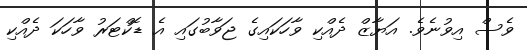
ވެސް އިވުނެވެ. އަޔާޒް ދެއްކި ވާހަކައިގެ ޖަވާބުގައި އެ ޑޮކްޓަރު ވާހަކަ ދެއްކި